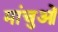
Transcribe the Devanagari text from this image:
मांचुओं